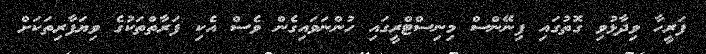
ފަރީހާ ވިދާޅުވި ގޮތުގައި ފިނޭންސް މިނިސްޓްރީގައި ހުންނަވައިގެން ވެސް އެކި ފަރާތްތަކުގެ ވިޔަފާރިތަކަށް